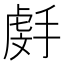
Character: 𫽯